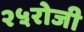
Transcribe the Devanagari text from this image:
२५रोजी